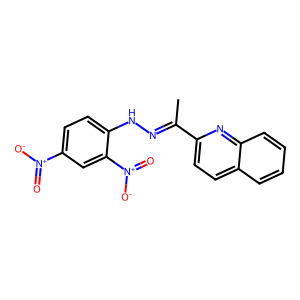
SMILES: CC(=NNc1ccc([N+](=O)[O-])cc1[N+](=O)[O-])c1ccc2ccccc2n1
Inhibits HIV replication: Yes